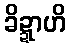
ခိဍ္ဍာဟိ